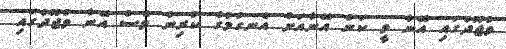
ވުޖޫދުގައި އޭނާ ވީ ކަން އޭނާއަށް އެނގުމުގެ ކުރިން ވެސް އޭނާ ވުޖޫދުގައި